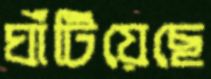
ঘাঁটিয়েছে